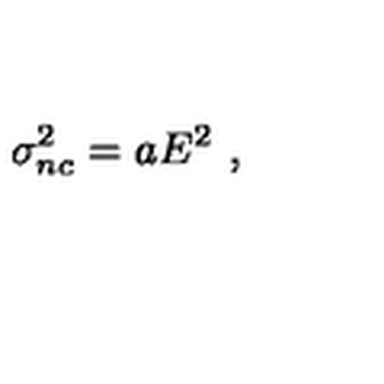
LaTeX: \sigma _ { n c } ^ { 2 } = a E ^ { 2 } \ ,